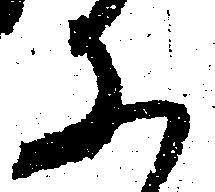
に